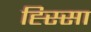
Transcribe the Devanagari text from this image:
ह्स्सिा